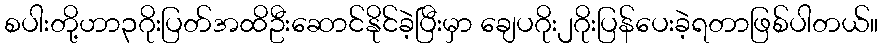
စပါးတို့ဟာ၃ဂိုးပြတ်အထိဦးဆောင်နိုင်ခဲ့ပြီးမှာ ချေပဂိုး၂ဂိုးပြန်ပေးခဲ့ရတာဖြစ်ပါတယ်။